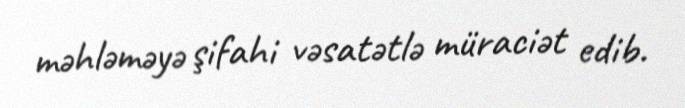
məhləməyə şifahi vəsatətlə müraciət edib.